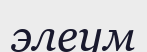
элеум